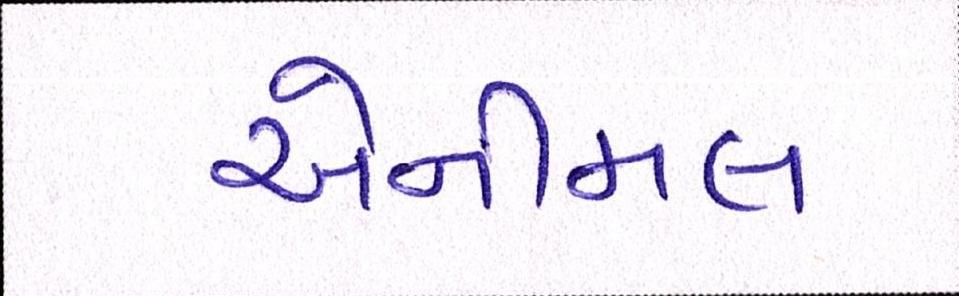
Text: એનીમલ